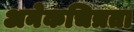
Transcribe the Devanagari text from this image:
अनेकचित्रता